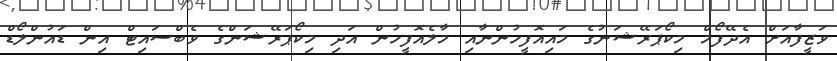
ވަޒީފާއަށް އެދޭފޯމް މިކޯޕަރޭޝަނުގެ މައިއޮފީހުންނާއި މާލެއޮފީހުން އަދި މިކޯޕަރޭޝަންގެ ވެބްސައިޓް އިން ޑައުންލޯޑް